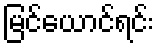
မြင်ယောင်ရင်း